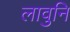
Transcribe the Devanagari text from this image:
लावुनि